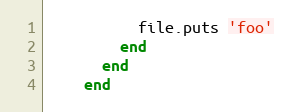
Language: Ruby
          file.puts 'foo'
        end
      end
    end